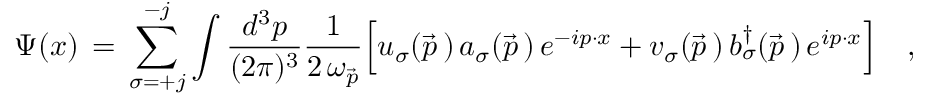
\Psi ( x ) \, = \, \sum _ { \sigma = + j } ^ { - j } \int { \frac { d ^ { 3 } p } { ( 2 \pi ) ^ { 3 } } } { \frac { 1 } { 2 \, \omega _ { \vec { p } } } } \Big [ u _ { \sigma } ( \vec { p } \, ) \, a _ { \sigma } ( \vec { p } \, ) \, e ^ { - i p \cdot x } + v _ { \sigma } ( \vec { p } \, ) \, b _ { \sigma } ^ { \dagger } ( \vec { p } \, ) \, e ^ { i p \cdot x } \Bigr ] \quad ,